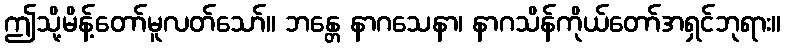
ဤသို့မိန့်တော်မူလတ်သော်။ ဘန္တေ နာဂသေနာ၊ နာဂသိန်ကိုယ်တော်အရှင်ဘုရား။